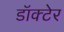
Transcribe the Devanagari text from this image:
डॉक्टेर